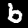
Label: 6